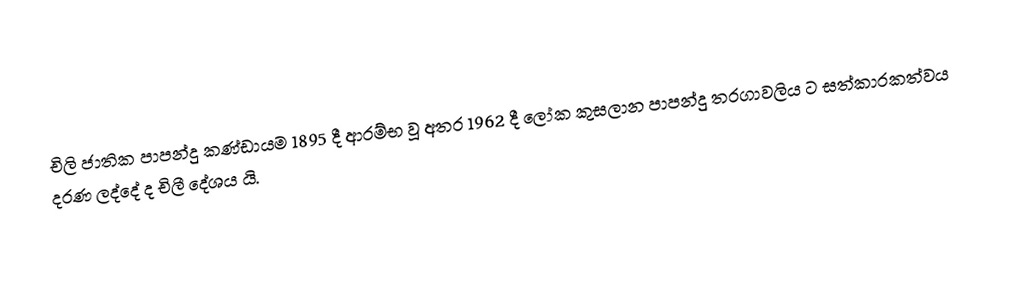
චිලි ජාතික පාපන්දු කණ්ඩායම 1895 දී ආරම්භ වූ අතර 1962 දී ලෝක කුසලාන පාපන්දු තරගාවලිය ට සත්කාරකත්වය දරණ ලද්දේ ද චිලී දේශය යි.